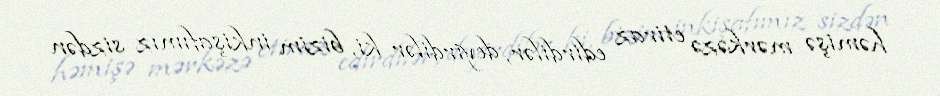
həmişə mərkəzə etiraz edirdilər, deyirdilər ki, bizim inkişafımız sizdən